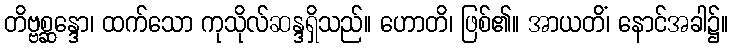
တိဗ္ဗစ္ဆန္ဒော၊ ထက်သော ကုသိုလ်ဆန္ဒရှိသည်။ ဟောတိ၊ ဖြစ်၏။ အာယတိံ၊ နောင်အခါ၌။